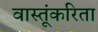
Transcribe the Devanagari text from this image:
वास्तूंकरिता